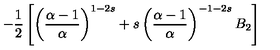
- \frac { 1 } { 2 } \left[ \left( \frac { \alpha - 1 } { \alpha } \right) ^ { 1 - 2 s } + s \left( \frac { \alpha - 1 } { \alpha } \right) ^ { - 1 - 2 s } B _ { 2 } \right]